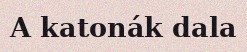
A katonák dala